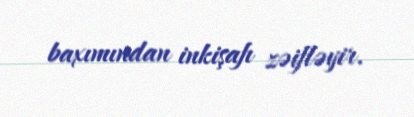
baxımından inkişafı zəifləyir.